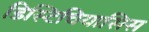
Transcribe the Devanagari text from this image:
डिस्टिचियासिस